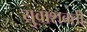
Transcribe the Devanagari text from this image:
युवाशक्ती